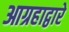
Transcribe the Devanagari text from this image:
आग्रहाद्वारे